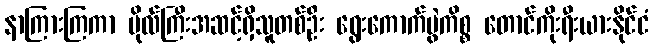
နာကြားကြကာ ဗိုလ်ကြီးအဆင့်ရှိသူတစ်ဦး ရွေးကောက်ပွဲကိစ္စ တောင်ကိုးရီးယားနိုင်ငံ